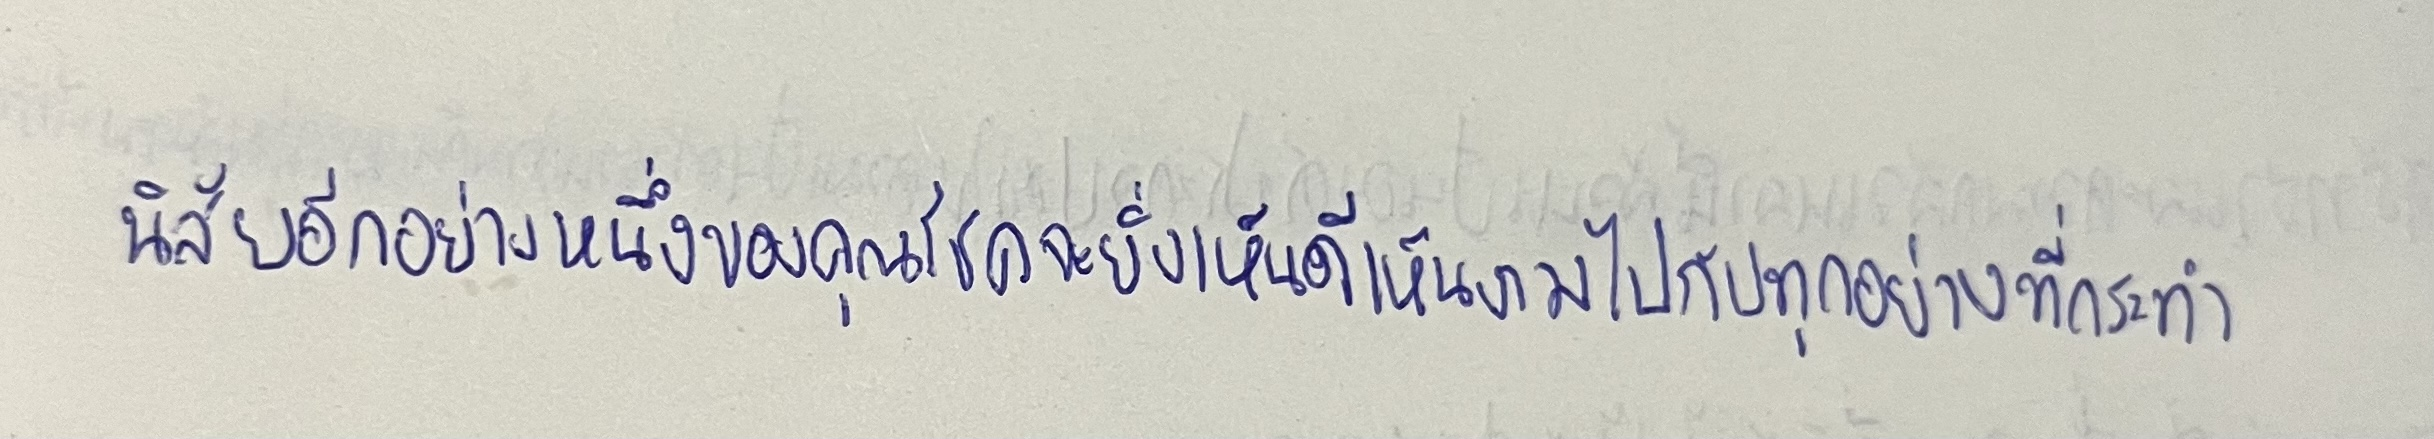
นิสัยอีกอย่างหนึ่งของคุณโชคจะยิ่งเห็นดีเห็นงามไปกับทุกอย่างที่กระทำ